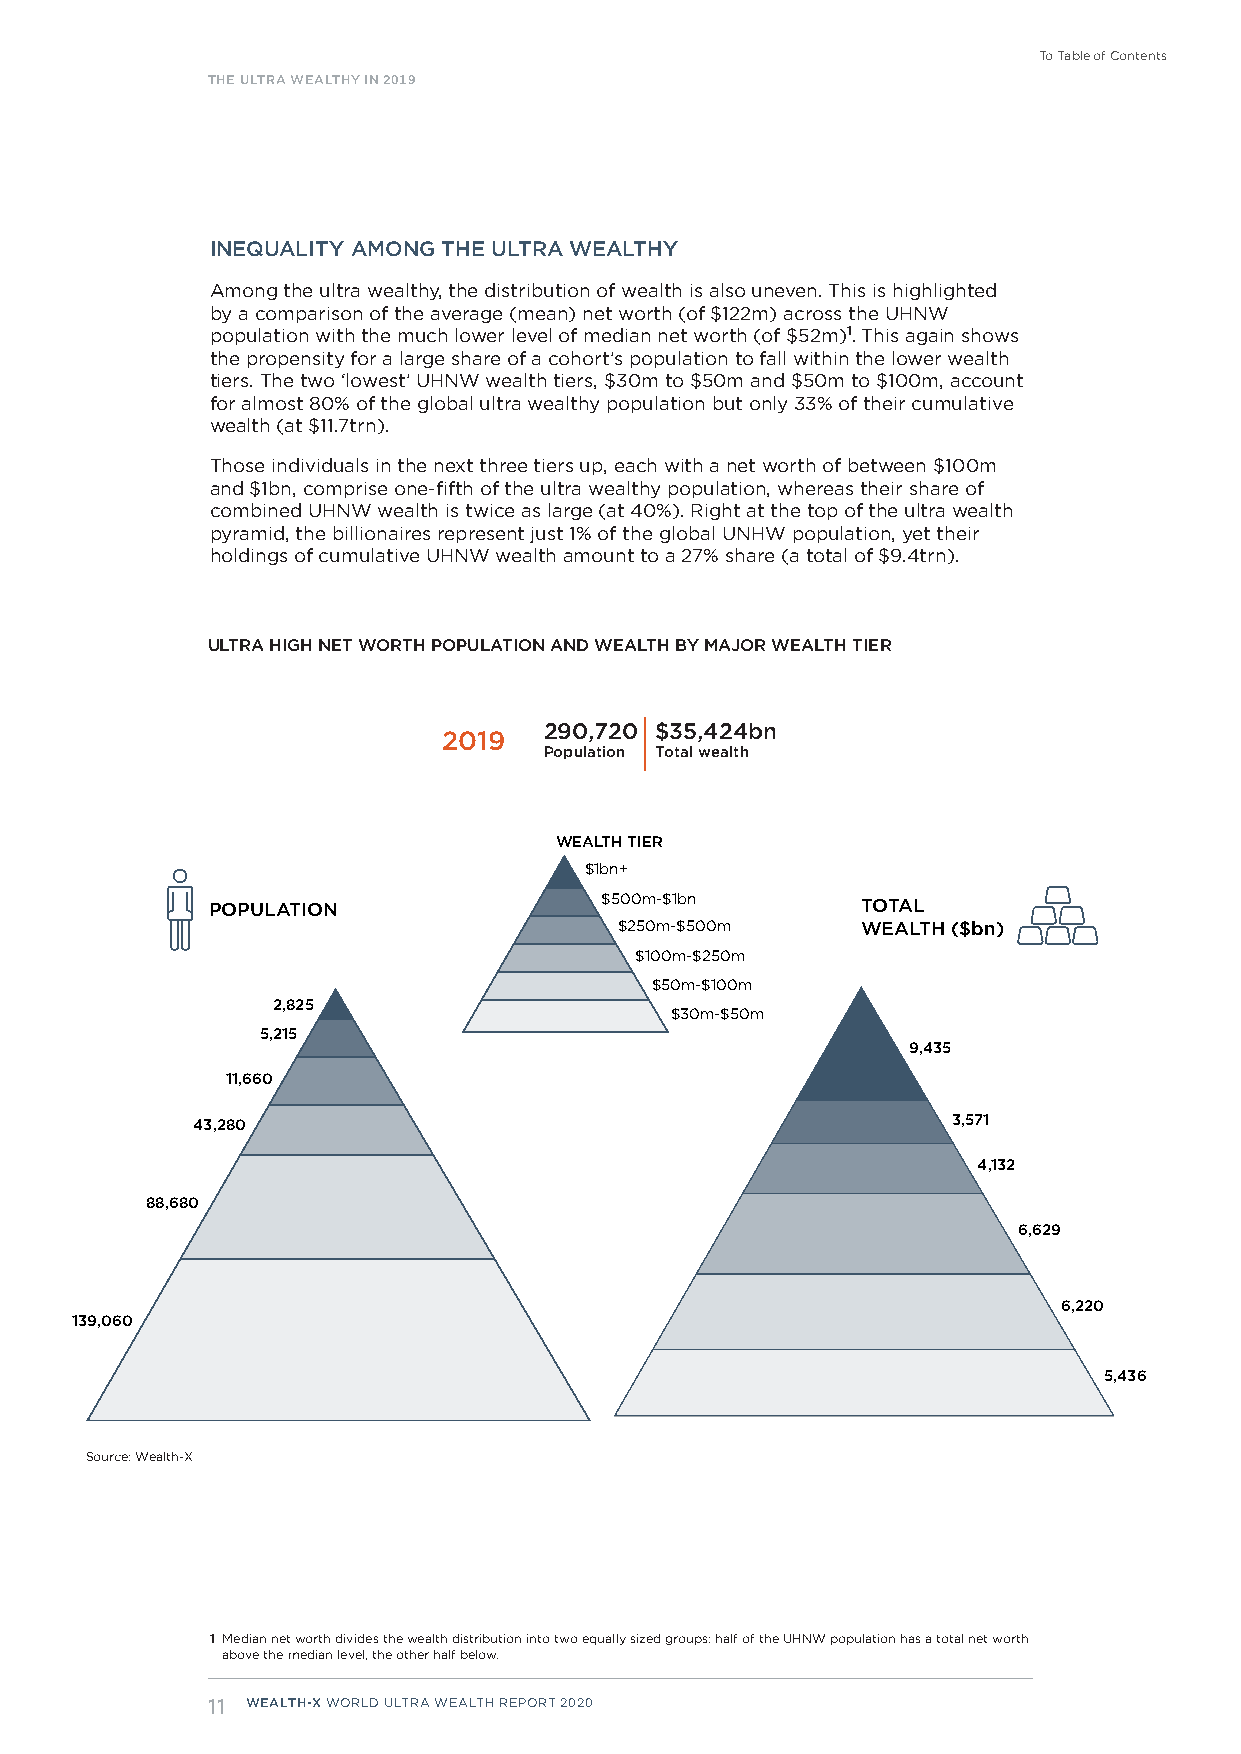
To Table of Contents
 THE ULTRA WEALTHY IN 2019
 INEQUALITY AMONG THE ULTRA WEALTHY
 Among the ultra wealthy, the distribution of wealth is also uneven. This is highlighted
 by a comparison of the average (mean) net worth (of $122m) across the UHNW
 population with the much lower level of median net worth (of $52m)1. This again shows
 the propensity for a large share of a cohort’s population to fall within the lower wealth
 tiers. The two ‘lowest’ UHNW wealth tiers, $30m to $50m and $50m to $100m, account
 for almost 80% of the global ultra wealthy population but only 33% of their cumulative
 wealth (at $11.7trn).
 Those individuals in the next three tiers up, each with a net worth of between $100m
 and $1bn, comprise one-fifth of the ultra wealthy population, whereas their share of
 combined UHNW wealth is twice as large (at 40%). Right at the top of the ultra wealth
 pyramid, the billionaires represent just 1% of the global UNHW population, yet their
 holdings of cumulative UHNW wealth amount to a 27% share (a total of $9.4trn).
 ULTRA HIGH NET WORTH POPULATION AND WEALTH BY MAJOR WEALTH TIER
 ULTRA HIGH NET WORTH POPULATION AND WEALTH BY WEALTH TIER
 290,720 $35,424bn
 2019
 Population Total wealth
 WEALTH TIER
 $1bn+
 POPULATION                $500m-$1bn       TOTAL
 $250m-$500m     WEALTH ($bn)
 $100m-$250m
 $50m-$100m
 2,825
 $30m-$50m
 5,215
 9,435
 11,660
 43,280                                            3,571
 4,132
 88,680
 6,629
 6,220
 139,060
 5,436
 Source: Wealth-X
 1 Median net worth divides the wealth distribution into two equally sized groups: half of the UHNW population has a total net worth
 above the median level, the other half below.
 11 WEALTH-X WORLD ULTRA WEALTH REPORT 2020